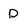
Character: D